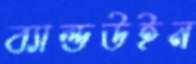
ব্যাল্ডউইন